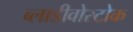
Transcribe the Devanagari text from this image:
ब्लाडीवोस्टोक